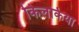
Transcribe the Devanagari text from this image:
किलकिया